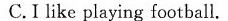
C.I like playing football.